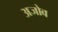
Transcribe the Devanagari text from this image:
अजोव